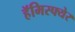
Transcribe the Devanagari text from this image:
हॅमिस्फ्येर